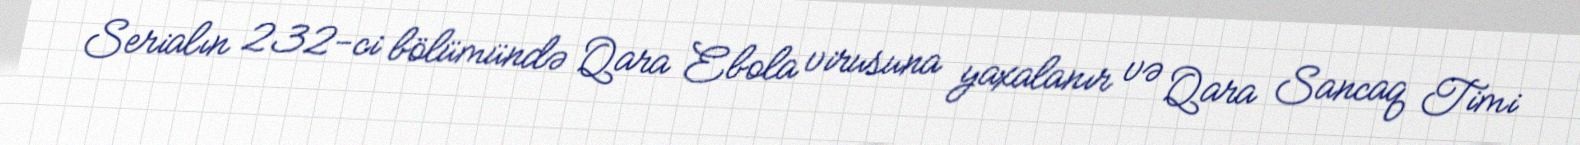
Serialın 232-ci bölümündə Qara Ebola virusuna yaxalanır və Qara Sancaq Timi